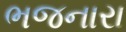
ભજનારા